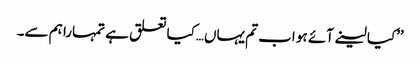
’’کیا لینے آئے ہو اب تم یہاں…کیا تعلق ہے تمہارا ہم سے۔